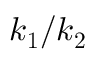
\boldsymbol { k _ { 1 } } / \boldsymbol { k _ { 2 } }